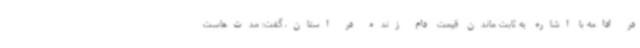
در ادامه با اشاره به ثابت ماندن قیمت دام زنده در استان، گفت: مدت‌هاست